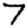
Digit: 7